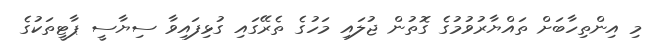
މި އިންތިހާބަށް ތައްޔާރުވުމުގެ ގޮތުން ޖުލައި މަހުގެ ތެރޭގައި ގުޅިފައިވާ ސިޔާސީ ޕާޓީތަކުގެ